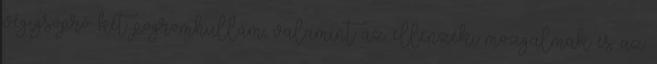
végigsöprő két pogromhullám, valamint az ellenzéki mozgalmak és az